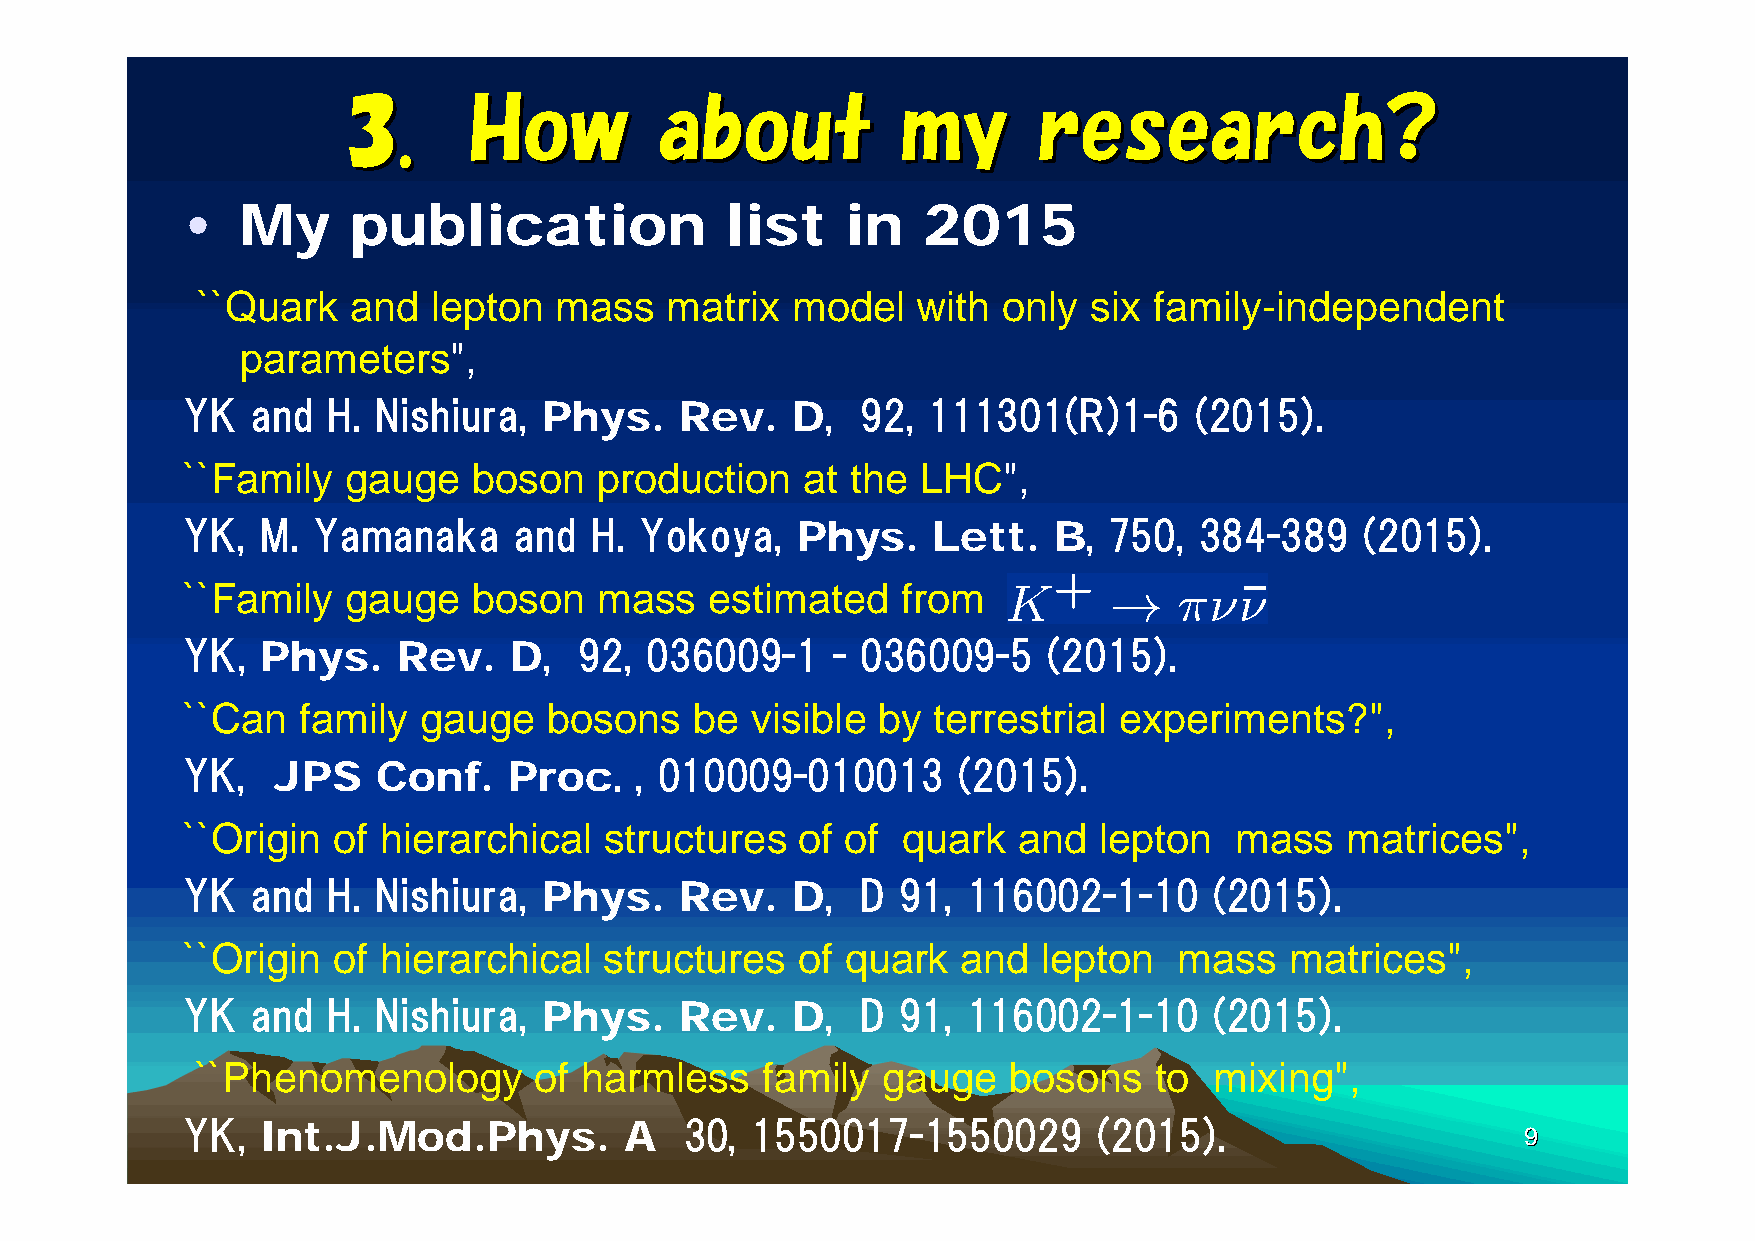
33..    HHooww       aabboouutt      mmyy     rreesseeaarrcchh??
 •   My     publication              list    in   2015
 ``Quark   and   lepton  mass   matrix  model    with only  six family-independent
 parameters",
 YK   and  H. Nishiura,                     , 92,  111301(R)1-6     (2015).
 Phys.    Rev.   D
 ``Family   gauge   boson    production   at the  LHC",
 YK,  M.  Yamanaka     and  H. Yokoya,                       , 750, 384-389    (2015).
 Phys.    Lett.   B
 ``Family   gauge   boson    mass   estimated    from
 YK,                     , 92,  036009-1    - 036009-5    (2015).
 Phys.    Rev.    D
 ``Can   family  gauge   bosons    be  visible by  terrestrial experiments?",
 YK,                          . , 010009-010013     (2015).
 JPS    Conf.    Proc
 ``Origin  of hierarchical   structures   of of  quark  and   lepton   mass   matrices",
 YK   and  H. Nishiura,                     , D  91, 116002-1-10     (2015).
 Phys.    Rev.   D
 ``Origin  of hierarchical   structures   of quark   and  lepton   mass   matrices",
 YK   and  H. Nishiura,                     , D  91, 116002-1-10     (2015).
 Phys.    Rev.   D
 ``Phenomenology       of harmless    family  gauge    bosons   to  mixing",
 YK,                              30,  1550017-1550029        (2015).
 Int.J.Mod.Phys.         A                                                           99